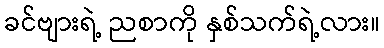
ခင်ဗျားရဲ့ ညစာကို နှစ်သက်ရဲ့လား။